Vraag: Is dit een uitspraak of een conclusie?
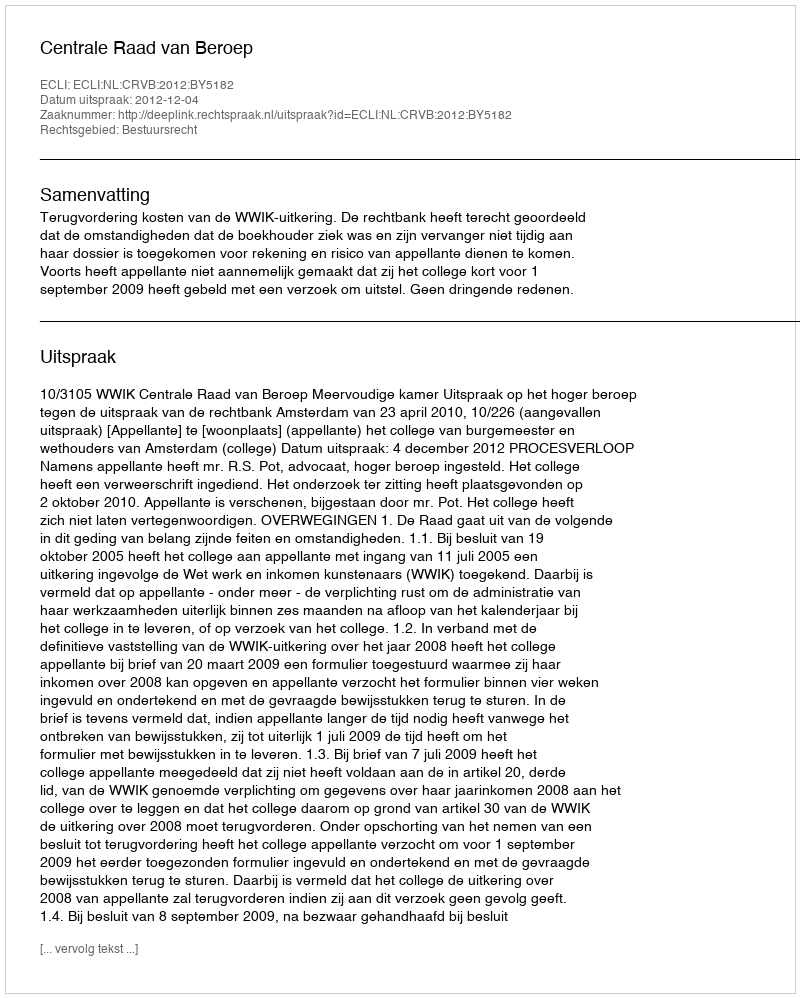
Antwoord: Uitspraak